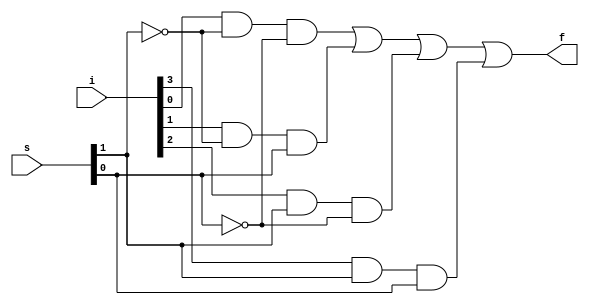
/*
	mux4x1.v
	Multiplexador 4 entradas uma sada
*/

module mux4x1 (i,s,f);

	input [3:0] i; //4-bit input
	input [1:0] s; //2-bit selector
	output f; //1-bit output

	assign f = i[0]&(~s[1])&(~s[0]) | i[1]&(~s[1])&(s[0]) | i[2]&(s[1])&(~s[0]) | i[3]&(s[1])&(s[0]);
 	
endmodule